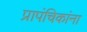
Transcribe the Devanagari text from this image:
प्रापंचिकांना